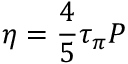
\eta = \frac { 4 } { 5 } \tau _ { \pi } P